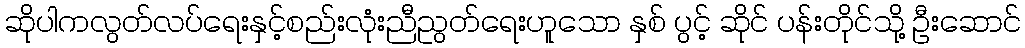
ဆိုပါကလွတ်လပ်ရေးနှင့်စည်းလုံးညီညွတ်ရေးဟူသော နှစ် ပွင့် ဆိုင် ပန်းတိုင်သို့ ဦးဆောင်